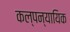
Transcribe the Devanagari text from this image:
कल्पन्यायिक